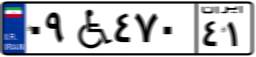
۴۵W۷۵۸۷۳